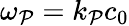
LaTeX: \omega_{\mathcal{P}}=k_{\mathcal{P}}c_{0}